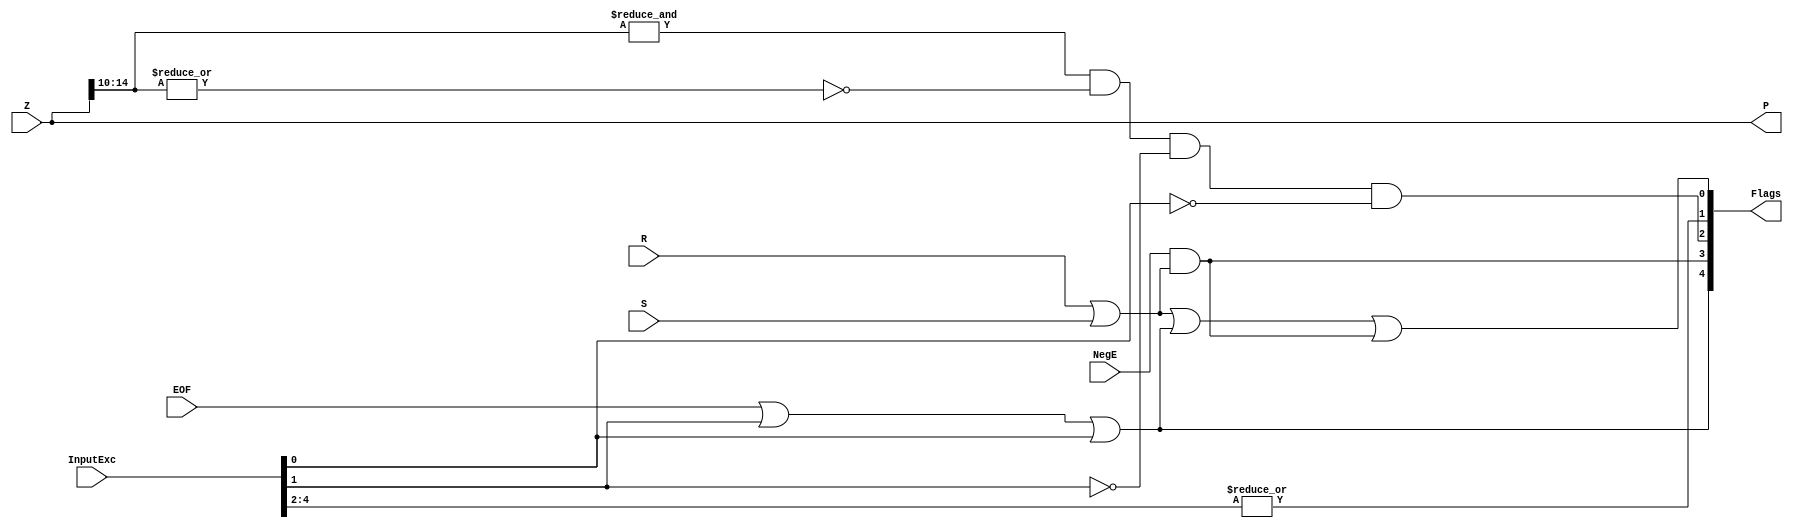
`define EXPONENT 5
`define MANTISSA 10
`define ACTUAL_MANTISSA 11
`define EXPONENT_LSB 10
`define EXPONENT_MSB 14
`define MANTISSA_LSB 0
`define MANTISSA_MSB 9
`define MANTISSA_MUL_SPLIT_LSB 3
`define MANTISSA_MUL_SPLIT_MSB 9
`define SIGN 1
`define SIGN_LOC 15
`define DWIDTH (`SIGN+`EXPONENT+`MANTISSA)
`define IEEE_COMPLIANCE 1

module FPAddSub_ExceptionModule(
		Z,
		NegE,
		R,
		S,
		InputExc,
		EOF,
		P,
		Flags
    );
	 
	// Input ports
	input [`DWIDTH-1:0] Z	;					// Final product
	input NegE ;						// Negative exponent?
	input R ;							// Round bit
	input S ;							// Sticky bit
	input [4:0] InputExc ;			// Exceptions in inputs A and B
	input EOF ;
	
	// Output ports
	output [`DWIDTH-1:0] P ;					// Final result
	output [4:0] Flags ;				// Exception flags
	
	// Internal signals
	wire Overflow ;					// Overflow flag
	wire Underflow ;					// Underflow flag
	wire DivideByZero ;				// Divide-by-Zero flag (always 0 in Add/Sub)
	wire Invalid ;						// Invalid inputs or result
	wire Inexact ;						// Result is inexact because of rounding
	
	// Exception flags
	
	// Result is too big to be represented
	assign Overflow = EOF | InputExc[1] | InputExc[0] ;
	
	// Result is too small to be represented
	assign Underflow = NegE & (R | S);
	
	// Infinite result computed exactly from finite operands
	assign DivideByZero = &(Z[`MANTISSA+`EXPONENT-1:`MANTISSA]) & ~|(Z[`MANTISSA+`EXPONENT-1:`MANTISSA]) & ~InputExc[1] & ~InputExc[0];
	
	// Invalid inputs or operation
	assign Invalid = |(InputExc[4:2]) ;
	
	// Inexact answer due to rounding, overflow or underflow
	assign Inexact = (R | S) | Overflow | Underflow;
	
	// Put pieces together to form final result
	assign P = Z ;
	
	// Collect exception flags	
	assign Flags = {Overflow, Underflow, DivideByZero, Invalid, Inexact} ; 	
	
endmodule